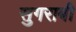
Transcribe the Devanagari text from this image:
सुगराबी